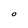
Character: O